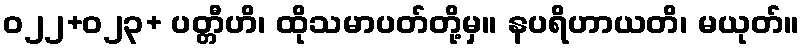
ဝ၂၂+၀၂၃+ ပတ္တီဟိ၊ ထိုသမာပတ်တို့မှ။ နပရိဟာယတိ၊ မယုတ်။